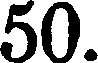
50.